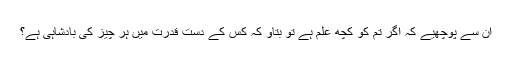
ان سے پوچھیے کہ اگر تم کو کچھ علم ہے تو بتاؤ کہ کس کے دست قدرت میں ہر چیز کی بادشاہی ہے؟